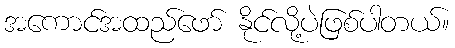
အကောင်အထည်ဖော် နိုင်လို့ပဲဖြစ်ပါတယ်။